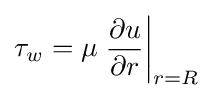
\tau _{w}=\mu \left.{\frac {\partial u}{\partial r}}\right|_{r=R}